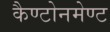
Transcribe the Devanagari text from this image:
कैण्टोनमेण्ट